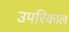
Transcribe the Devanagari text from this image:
उपरिकाल